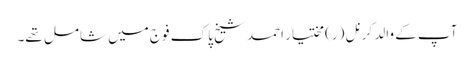
آپ کے والد کرنل (ر) مختیار احمد شیخ پاک فوج میں شامل تھے۔